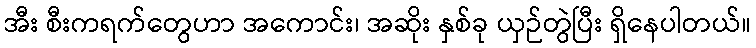
အီး စီးကရက်တွေဟာ အကောင်း၊ အဆိုး နှစ်ခု ယှဉ်တွဲပြီး ရှိနေပါတယ်။